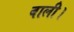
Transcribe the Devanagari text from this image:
बाली।